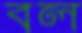
বল